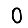
Digit: 0